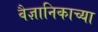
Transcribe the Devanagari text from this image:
वैज्ञानिकाच्या